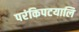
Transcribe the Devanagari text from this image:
परंकिपटयालि